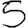
Digit: 5